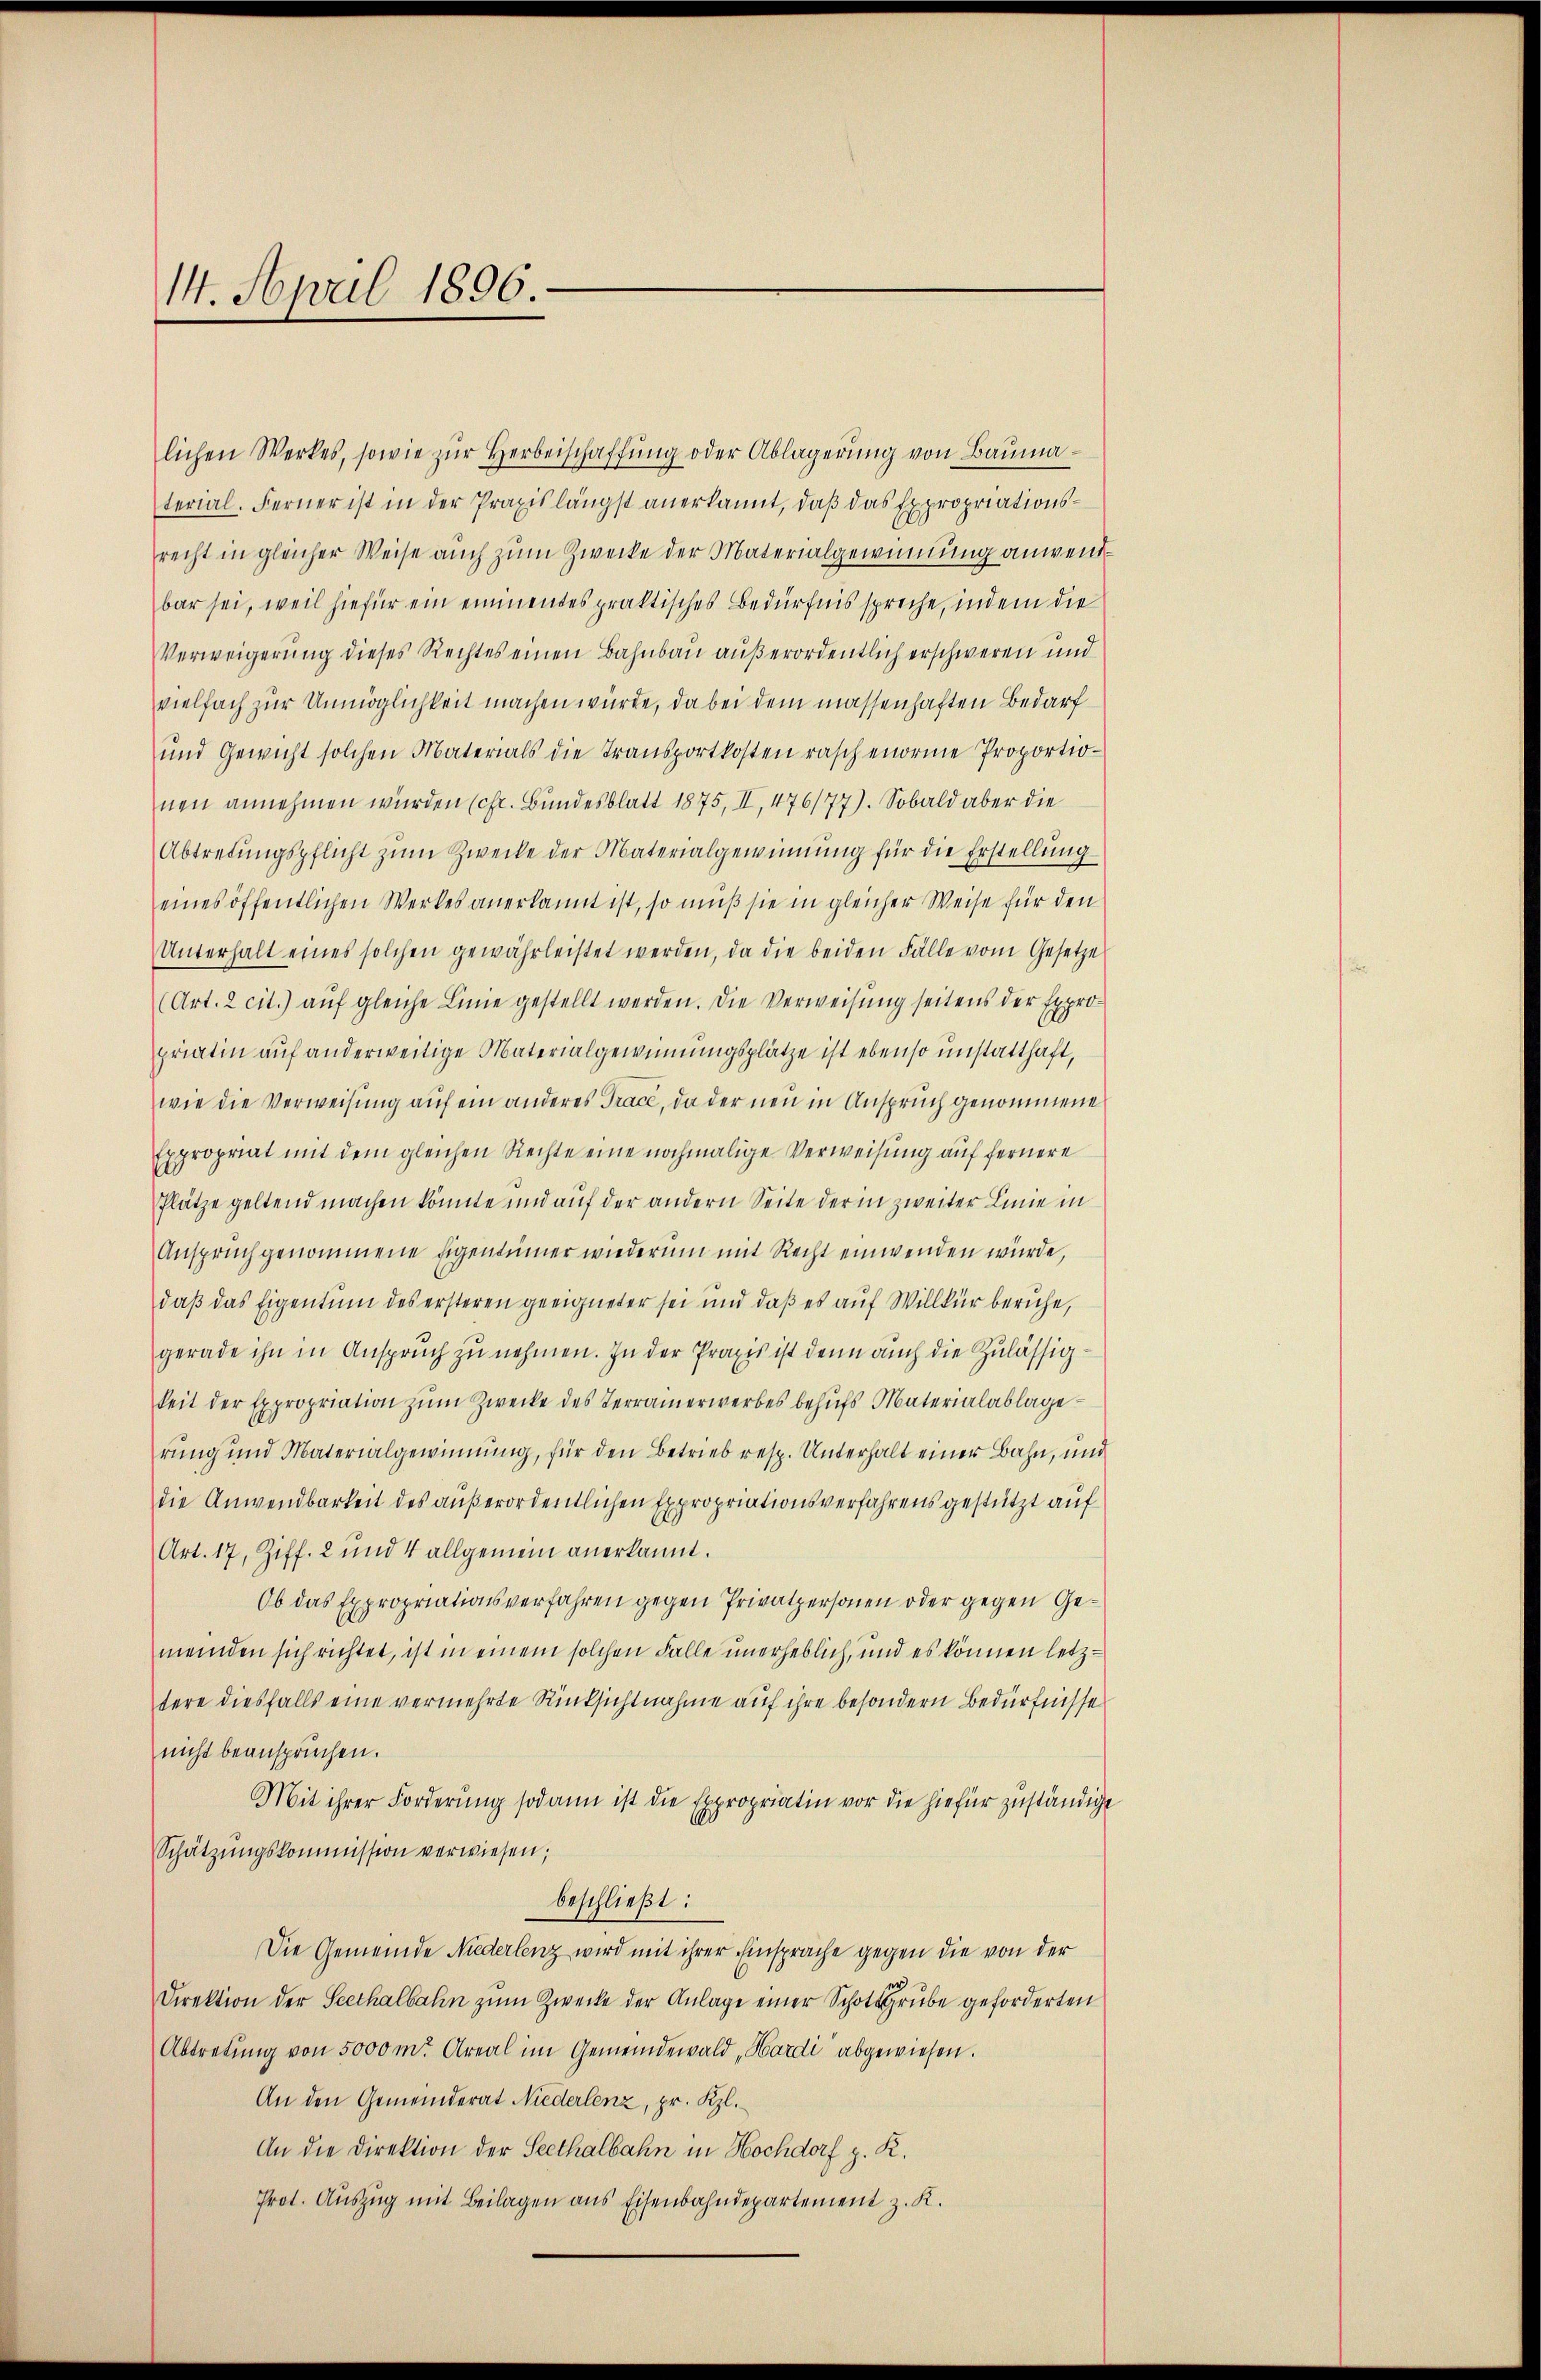
14. April 1896.

lichen Werkes, sowie zŭr Herbeischaffŭng oder Ablagerŭng von Baŭmaterial. Ferner ist in der Praxislängst anerkannt, daβ das Expropriationsrecht in gleicher Weise auch zum Zwecke der Materialgewinnung anwendbar sei, weil hiefür ein eimentes praktisches Bedürfnis spreche, indem die
Verweigerung dieses Rechtes einen Bahnbau außerordentlich erschweren und
vielfach zur Unmöglichkeit machen würde, da bei dem massenhaften Bedarf
und Gewicht solchen Materials die Transportkosten raschenorme Proportionen annehmen wurden (cf. Bundesblatt 1875, II, 476/77). Sobald aber die
Abtretŭngspflicht zŭm Zwecke der Materialgewinnung für die Erstellŭng
eines öffentlichen Werkes anerkannt ist, so muß sie in gleicher Weise für den
Unterhalt eines solchen gewährleistet werden, da die beiden Fälle vom Gesetze
(Art. 2 cit.) auf gleiche Linie gestellt werden. Die Verweisung seitens der Expropriatin auf anderweitige Materialgewinnungsplätze ist ebenso unstatthaft,
wie die Verweisung auf ein anderes Trace, da der neu in Anspruch genommene
Expropriat mit dem gleichen Rechte eine nochmalige Verweisung auf fernere
Plätze geltend machen könnte und auf der andern Seite der in zweiter Linie in
Anspruch genommene Eigentümer wiederum mit Recht einwenden würde,
daß das Eigentum des ersteren geeigneter sei und daß es auf Willkür beruhe,
gerade ihn in Anspruch zu nehmen. In der Praxis ist denn auch die Zulässigkeit der Expropriation zŭm Zwecke des Terramerwerbes behŭfs Materialablage
rung und Materialgewinnung, für den Betrieb resp. Unterhalt einer Bahn, und
die Anwendbarkeit des außerordentlichen Expropriationsverfahrens gestützt auf
Art. 17, Ziff. 2 und 4 allgemein anerkannt.
Ob das Expropriationsverfahren gegen Privatpersonen oder gegen Gemeinden sich richtet, ist in einem solchen Falle unerheblich, und es können letztere diesfalls eine vermehrte Rücksichtnahme auf ihre besondern Bedürfnisse
nicht beanspruchen.
Mit ihrer Forderŭng sodann ist die Expropriatin vor die hiefür zuständige
Schätzŭngskommission verwiesen;
beschließt:
Die Gemeinde Niederlenz wird mit ihrer Einsprache gegen die von der
Direktion der Seethalbahn zum Zwecke der Anlage einer Schotgrube geforderten
Abtretŭng von 5000 m. Areal im Gemeindewald „Hardi abgewiesen.
An den Gemeinderat Niederlenz, pr. Kl.
An die Direktion der Seethalbahn in Hochdorf z. R.
Prot. Aŭszŭg mit Beilagen ans Eisenbahndepartement z. K.